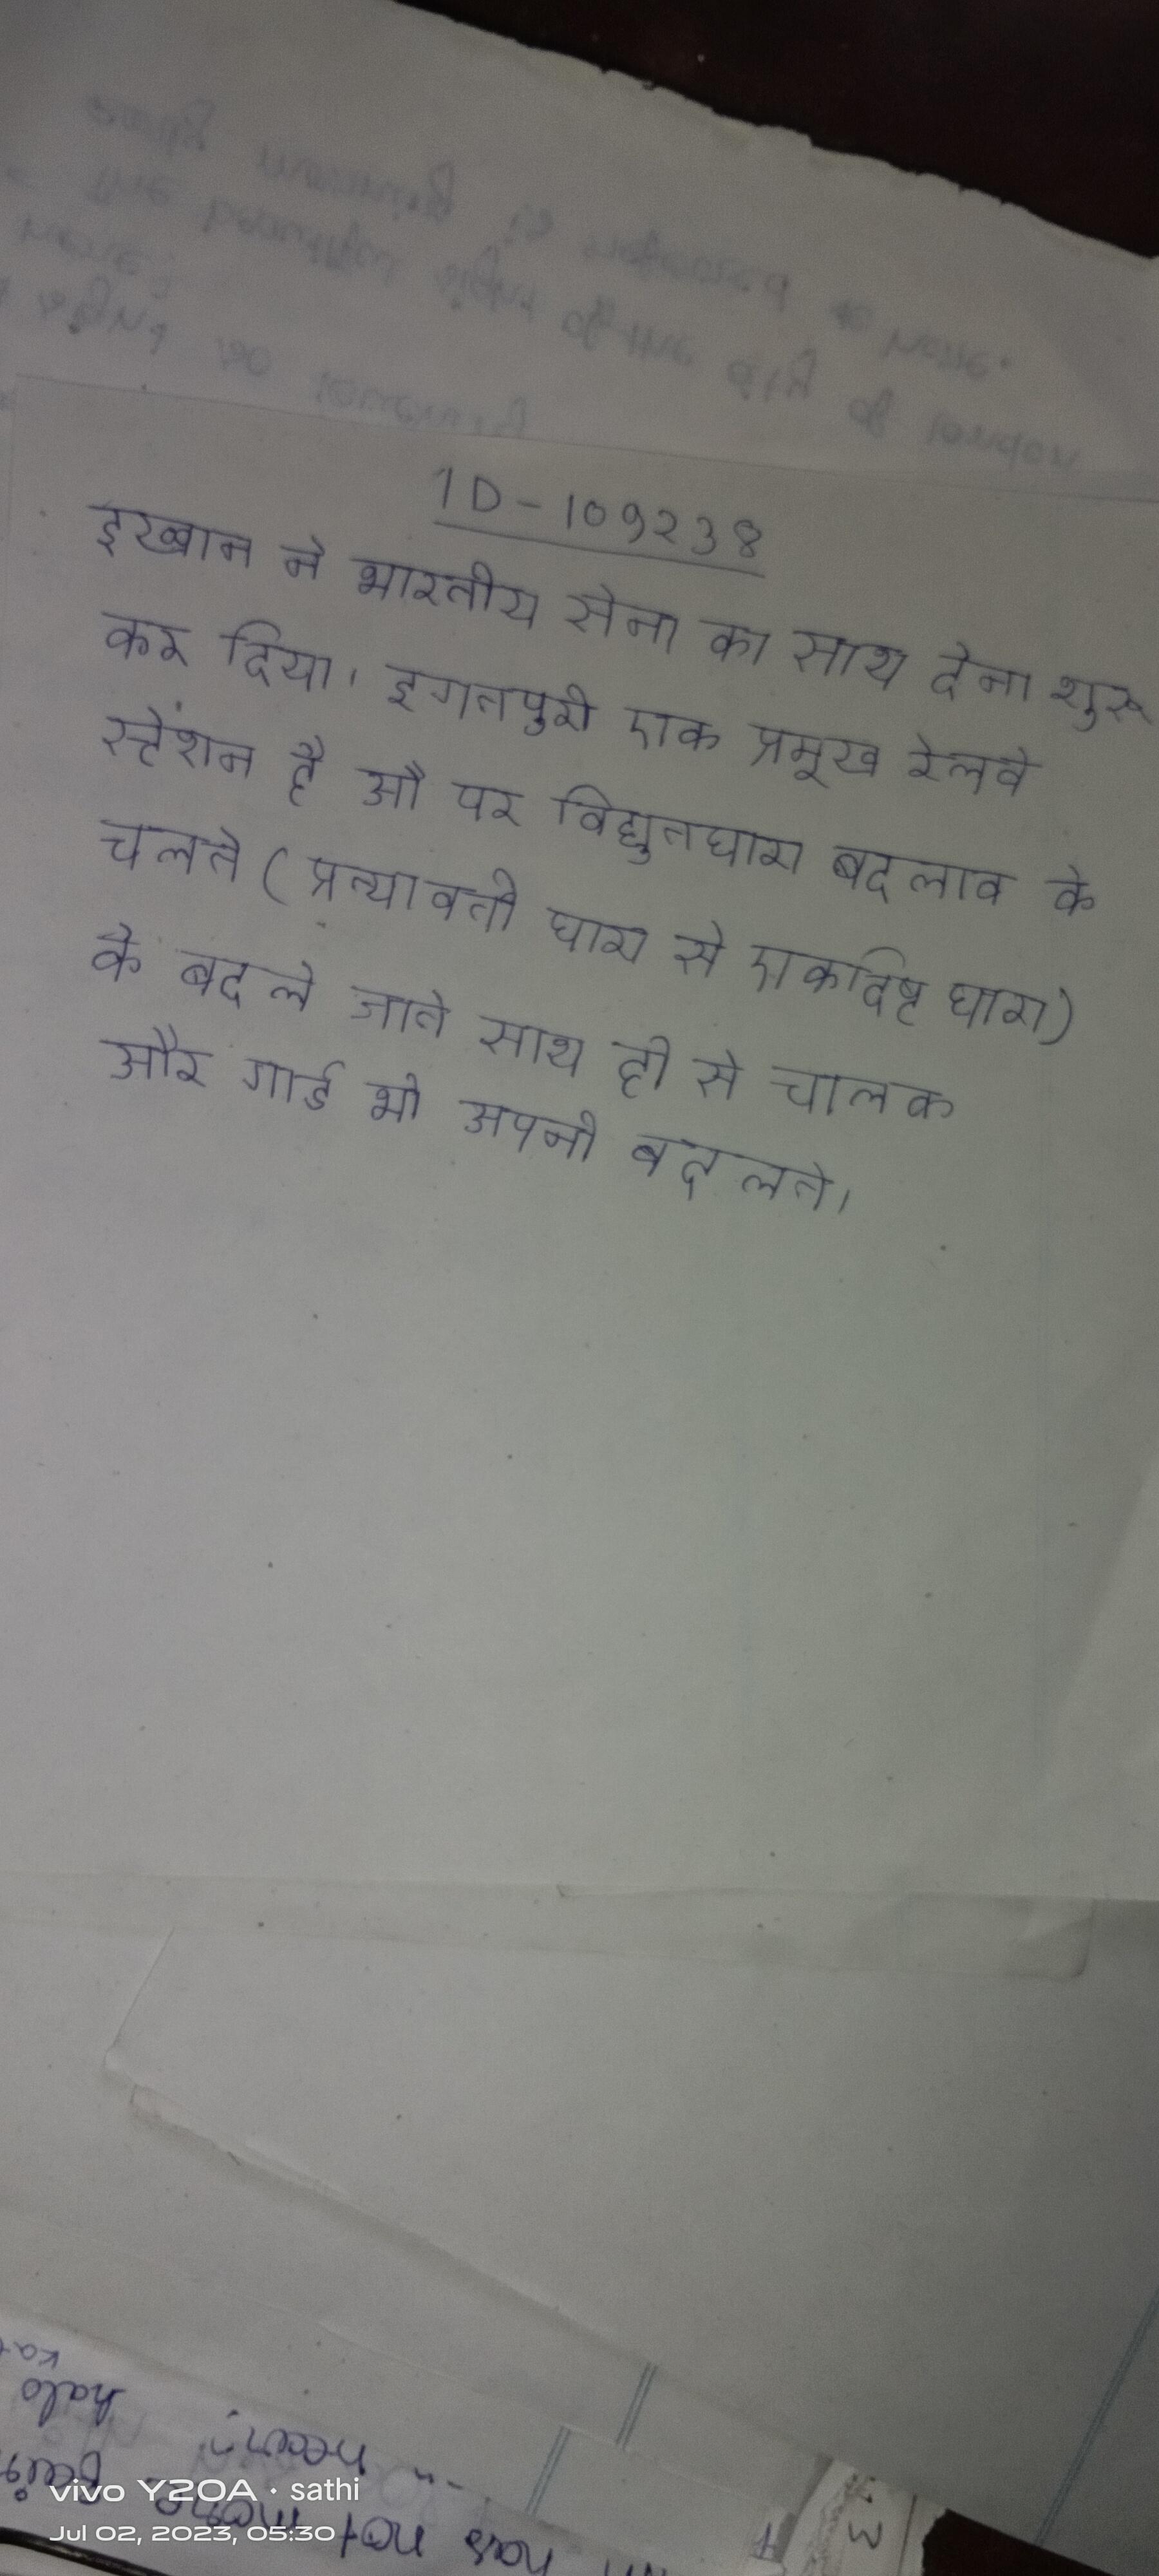
इख्वान ने भारतीय सेना का साथ देना शुरू कर दिया । इगतपुरी एक प्रमुख रेलवे स्टेशन है और पर विद्युतधारा बदलाव के चलते (प्रत्यावर्ती धारा से एकदिष्ट धारा) के बदले जाते साथ ही से चालक और गार्ड भी अपनी बदलते ।